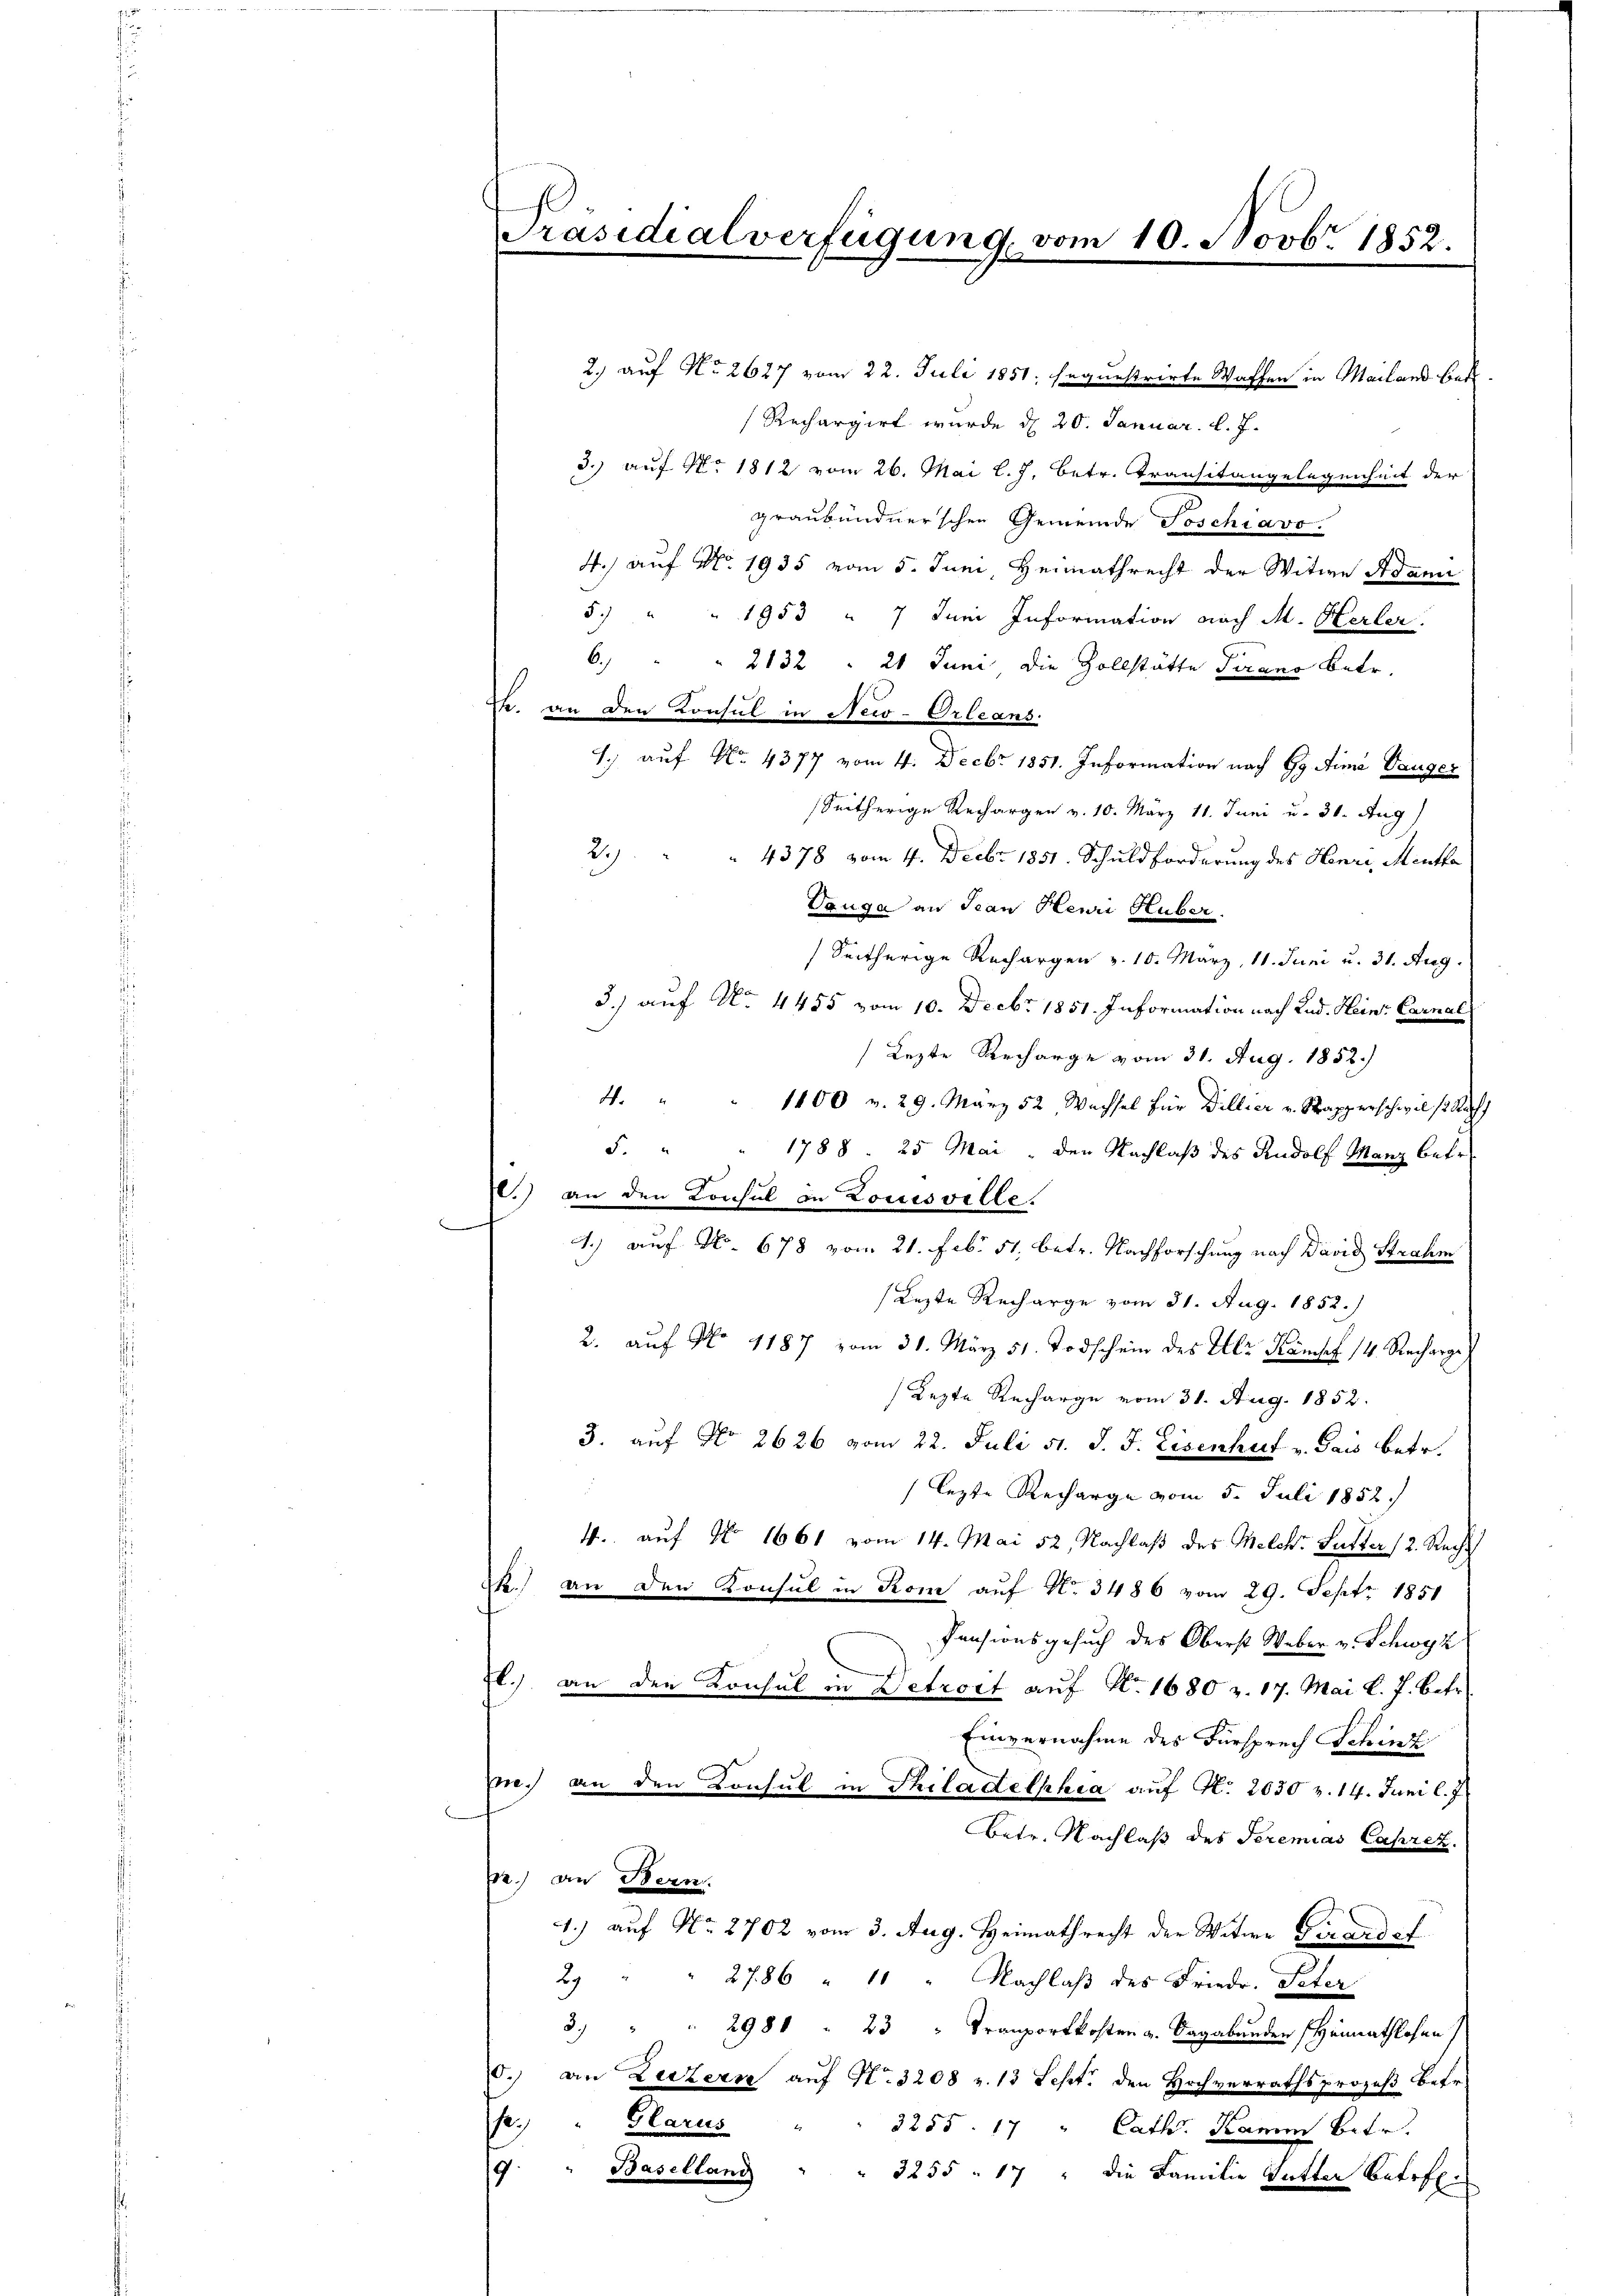
Präsidialverfügung vom 10. Novbr. 1852.

2.) auf No 2627 vom 22. Juli 1851; sequestrirte Waffen in Mailand Bett.
(Rechargirt wurde d. 20. Januar. l. J.
3.) auf No 1812 vom 26. Mai l.J. betr. Transitangelegenheit der
graubündnerschen Gemeinde Soschiavo.
4.) auf No 1935 vom 5. Juni, Heimathrecht der Witwe Adami
5.) " " 1953 " 7 Juni Information nach M. Herber
6. " " 2132 " 20 Juni die Zollstätte Tirano betr.
J. an den Konsul in New-Orleans
1) auf No. 4377 vom 4. Decbr 1851. Information nach Gy Aimi Tauger
Seitherige Rechargen v. 10. März 18. Juni u. 31. Aug)
2)
4378 vom 4. Decbr. 1851. Schuldforderung des Henri Mentha
Tauge an Jean Henri Huber.
Seitherige Rechargen v. 10. März, 11. Juni u. 31. Aug.
3.) auf No 4455 vom 10. Decbr 1851. Information nach Rud. Hein- Carnal
Lezte Recharge vom 31. Aug. 1852.)
4. " " 1100 v. 29. März 52 Wachsel für Dillier v. Stapperschwilst Rath
F. " " 1788 25 Mai, den Nachlaß des Rudolf Manz betr
.) an den Konsul in Louisville.
1.) auf No. 678 vom 21. Febr. 51. betr. Nachforschung nach David Strahm
Lezte Recharge vom 31. Aug. 1852.)
2. aŭf No 1187 vom 31. März 51. Todschein des Ulr. Kampf 14. Recharge
Lezte Recharge vom 31. Aug. 1852.
3. auf No 2626 vom 22. Juli v. J. J. Eisenhut v. Jais betr.
lezte Recharge vom 5. Juli 1852.
4. auf No 1661 vom 14. Mai 52. Nachlaß des Melch. Sutter (2. Recht
k.) an den Konsul in Rom auf No 3486 vom 29. Sept. 1851
Pensionsgesuch des Oberst Weber v. Schwyz
fl.) an den Konsul in Detrost auf Nr. 1680 v. 17. Mai l. J. betr.
Einvernahme des Fürsprech Schinz
.) an den Consul in Philadelphia auf K. 2030 v. 14. Juni l. J
Betr. Nachlaß des Seremias Caprez.
.) an Bern.
1.) auf No 2702 vom 3. Aug. Heimathrecht der Witwe Girardsf
2) " " 2786 " 11 " Nachlaβ des Friedr. Peter
3. " " 2981 " 23 " Tranportkosten a. Dagabunden Heimathlosen)
0. an Luzern auf Nr. 3208 v. 13 Sept. den Hochverrathsprozeß betr.
fe. Glarus
3255. 17 " Cath. Kamin Betr.
Baselland " " 3255 - 17 " die Familie hatten Betreffe
9